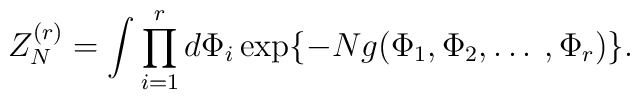
Z_{N}^{(r)} = \int \prod_{i=1}^{r} d \Phi_i \exp \{ - N g(\Phi_1, \Phi_2,\ldots \:, \Phi_{r}) \}.